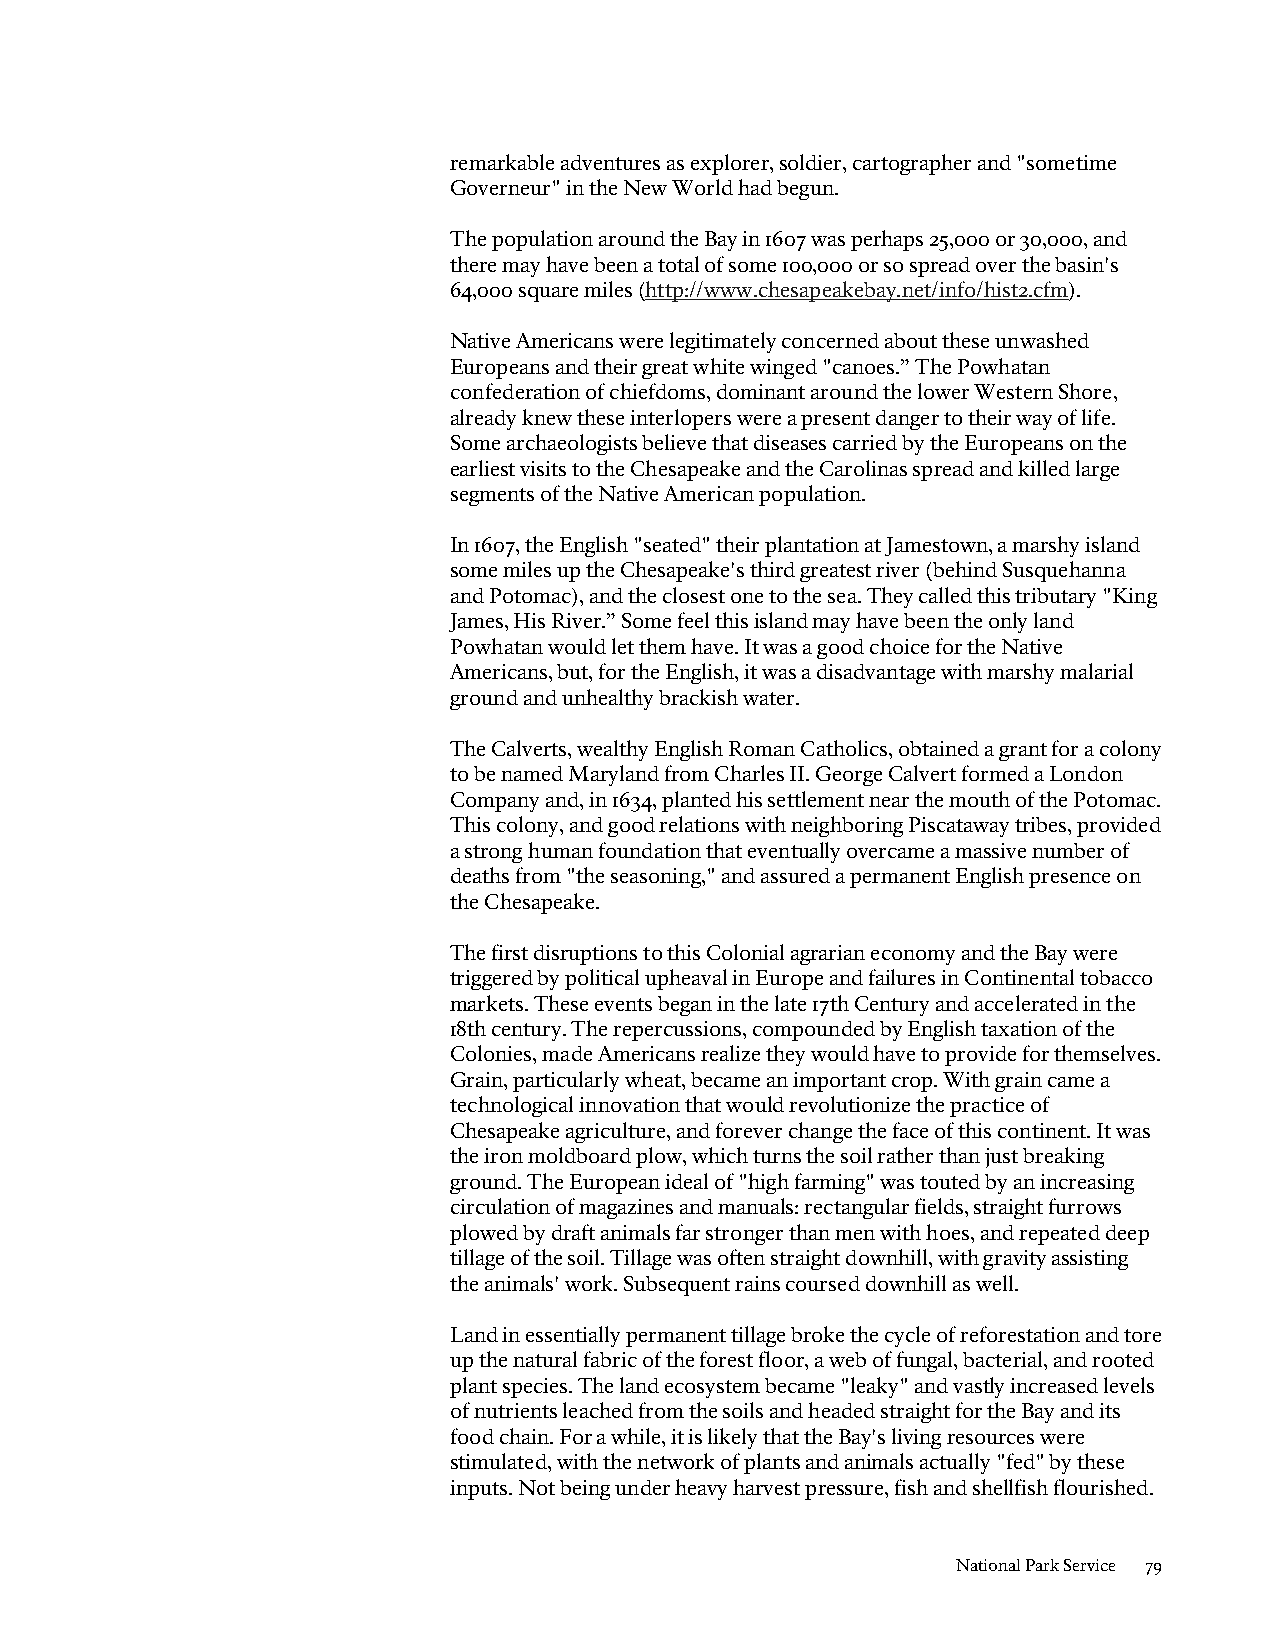
remarkable adventures as explorer, soldier, cartographer and "sometime
 Governeur" in the New World had begun.
 The population around the Bay in 1607 was perhaps 25,000 or 30,000, and
 there may have been a total of some 100,000 or so spread over the basin's
 64,000 square miles (http://www.chesapeakebay.net/info/hist2.cfm).
 Native Americans were legitimately concerned about these unwashed
 Europeans and their great white winged "canoes.” The Powhatan
 confederation of chiefdoms, dominant around the lower Western Shore,
 already knew these interlopers were a present danger to their way of life.
 Some archaeologists believe that diseases carried by the Europeans on the
 earliest visits to the Chesapeake and the Carolinas spread and killed large
 segments of the Native American population.
 In 1607, the English "seated" their plantation at Jamestown, a marshy island
 some miles up the Chesapeake's third greatest river (behind Susquehanna
 and Potomac), and the closest one to the sea. They called this tributary "King
 James, His River.” Some feel this island may have been the only land
 Powhatan would let them have. It was a good choice for the Native
 Americans, but, for the English, it was a disadvantage with marshy malarial
 ground and unhealthy brackish water.
 The Calverts, wealthy English Roman Catholics, obtained a grant for a colony
 to be named Maryland from Charles II. George Calvert formed a London
 Company and, in 1634, planted his settlement near the mouth of the Potomac.
 This colony, and good relations with neighboring Piscataway tribes, provided
 a strong human foundation that eventually overcame a massive number of
 deaths from "the seasoning," and assured a permanent English presence on
 the Chesapeake.
 The first disruptions to this Colonial agrarian economy and the Bay were
 triggered by political upheaval in Europe and failures in Continental tobacco
 markets. These events began in the late 17th Century and accelerated in the
 18th century. The repercussions, compounded by English taxation of the
 Colonies, made Americans realize they would have to provide for themselves.
 Grain, particularly wheat, became an important crop. With grain came a
 technological innovation that would revolutionize the practice of
 Chesapeake agriculture, and forever change the face of this continent. It was
 the iron moldboard plow, which turns the soil rather than just breaking
 ground. The European ideal of "high farming" was touted by an increasing
 circulation of magazines and manuals: rectangular fields, straight furrows
 plowed by draft animals far stronger than men with hoes, and repeated deep
 tillage of the soil. Tillage was often straight downhill, with gravity assisting
 the animals' work. Subsequent rains coursed downhill as well.
 Land in essentially permanent tillage broke the cycle of reforestation and tore
 up the natural fabric of the forest floor, a web of fungal, bacterial, and rooted
 plant species. The land ecosystem became "leaky" and vastly increased levels
 of nutrients leached from the soils and headed straight for the Bay and its
 food chain. For a while, it is likely that the Bay's living resources were
 stimulated, with the network of plants and animals actually "fed" by these
 inputs. Not being under heavy harvest pressure, fish and shellfish flourished.
 National Park Service 79